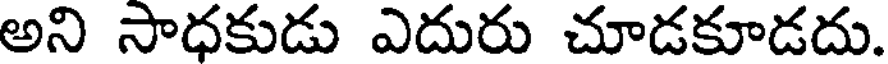
అని సాధకుడు ఎదురు చూడకూడదు.